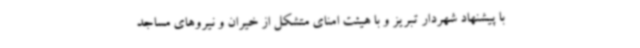
با پیشنهاد شهردار تبریز و با هیئت امنای متشکل از خیران و نیروهای مساجد